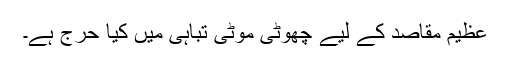
عظیم مقاصد کے لیے چھوٹی موٹی تباہی میں کیا حرج ہے۔